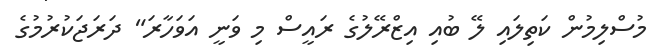
މުސްލިމުން ކަތިލައި ލޭ ބުއި އިޒްރޭލުގެ ރައީސް މި ވަނީ އަވަހާރަ" ދަރަޖަކުރުމުގެ